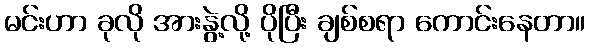
မင်းဟာ ခုလို အားနွဲ့လို့ ပိုပြီး ချစ်စရာ ကောင်းနေတာ။